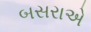
બસરાએ